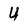
Character: U